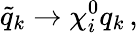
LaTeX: \tilde{q}_{k}\rightarrow\chi_{i}^{0}q_{k}\, ,